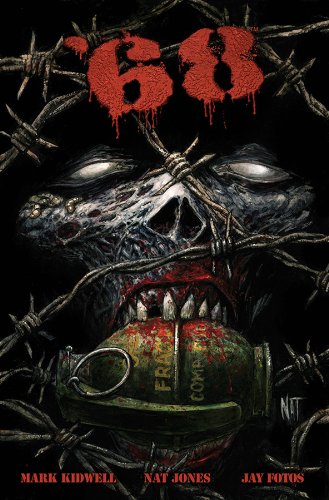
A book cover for '68 Volume 1: Better Run Through the Jungle; Mark Kidwell; Comics & Graphic Novels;